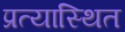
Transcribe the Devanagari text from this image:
प्रत्यास्थित